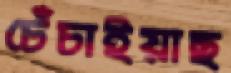
চেঁচাইয়াছ